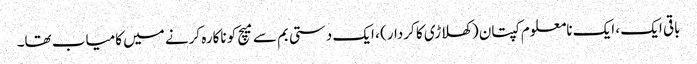
باقی ایک ، ایک نامعلوم کپتان (کھلاڑی کا کردار) ، ایک دستی بم سے میچ کو ناکارہ کرنے میں کامیاب تھا۔